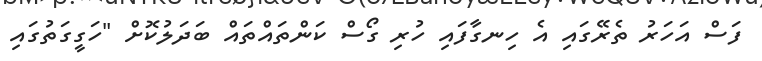
ފަސް އަހަރު ތެރޭގައި އެ ހިނގާފައި ހުރި ގޯސް ކަންތައްތައް ބަދަލުކޮށް "ހަގީގަތުގައި